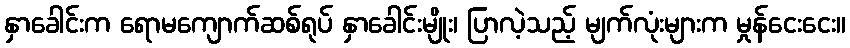
နှာခေါင်းက ရောမကျောက်ဆစ်ရုပ် နှာခေါင်းမျိုး၊ ပြာလဲ့သည့် မျက်လုံးများက မှုန်ငေးငေး။